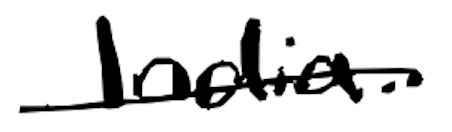
Text: India.
Cross-out: single-line
Writing tool: digital_black